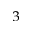
^ 3